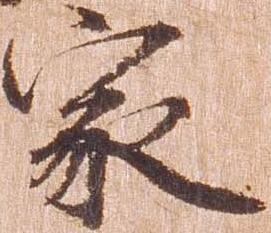
家